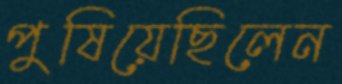
পুষিয়েছিলেন